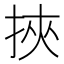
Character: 挾